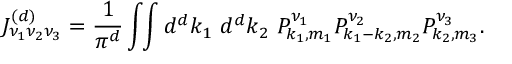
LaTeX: J _ { \nu _ { 1 } \nu _ { 2 } \nu _ { 3 } } ^ { ( d ) } = \frac { 1 } { \pi ^ { d } } \int \! \! \int { d ^ { d } k _ { 1 } ~ d ^ { d } k _ { 2 } } ~ P _ { k _ { 1 } , m _ { 1 } } ^ { \nu _ { 1 } } P _ { k _ { 1 } - k _ { 2 } , m _ { 2 } } ^ { \nu _ { 2 } } P _ { k _ { 2 } , m _ { 3 } } ^ { \nu _ { 3 } } .